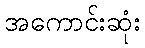
အကောင်းဆုံး